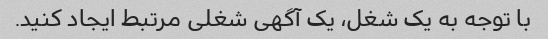
با توجه به یک شغل، یک آگهی شغلی مرتبط ایجاد کنید.